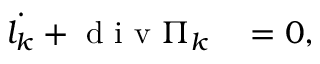
\begin{array} { r l } { \dot { l _ { k } } + \mathrm { ~ d ~ i ~ v ~ } \Pi _ { k } } & { { } = 0 , } \end{array}